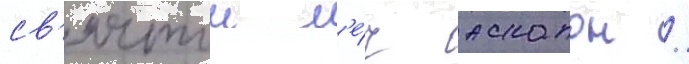
св'ятои м'е́ч аскалон /